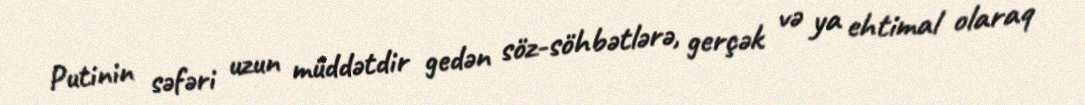
Putinin səfəri uzun müddətdir gedən söz-söhbətlərə, gerçək və ya ehtimal olaraq